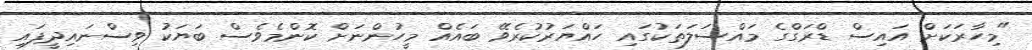
"މިހާރަކަށް އައިސް ޑްރަގްގެ މައްސަލަތަކުގައި ހައްޔަރުކުރެވޭ ބައެއް މީހުންނަށް ކޮންމެވެސް ބަޔަކު ވިސްނައިދީފައި